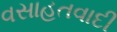
વસાહતવાદી